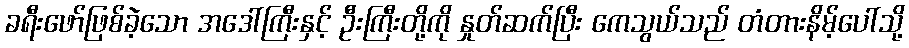
ခရီးဖော်ဖြစ်ခဲ့သော အဒေါ်ကြီးနှင့် ဦးကြီးတို့ကို နှုတ်ဆက်ပြီး ကေသွယ်သည် တံတားနိမ့်ပေါ်သို့